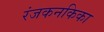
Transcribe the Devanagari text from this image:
रंजकनकिका